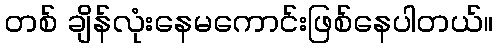
တစ် ချိန်လုံးနေမကောင်းဖြစ်နေပါတယ်။